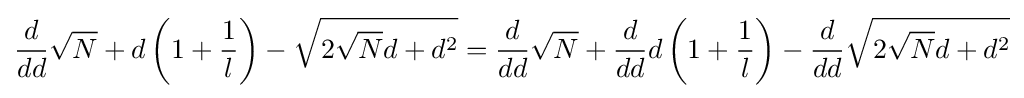
{\frac {d}{dd}}{\sqrt {N}}+d\left(1+{\frac {1}{l}}\right)-{\sqrt {2{\sqrt {N}}d+d^{2}}}={\frac {d}{dd}}{\sqrt {N}}+{\frac {d}{dd}}d\left(1+{\frac {1}{l}}\right)-{\frac {d}{dd}}{\sqrt {2{\sqrt {N}}d+d^{2}}}